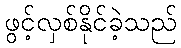
ဖွင့်လှစ်နိုင်ခဲ့သည်